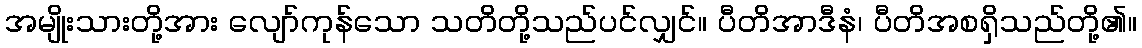
အမျိုးသားတို့အား လျော်ကုန်သော သတိတို့သည်ပင်လျှင်။ ပီတိအာဒီနံ၊ ပီတိအစရှိသည်တို့၏။